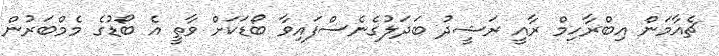
ޗެއާމަން އިބްރާހިމް ރާއީ ރަޝީދު ބަދަލުގެނެސްފައިވާ ބޯޑަކަށް ވާތީ އެ ބޯޑުގެ މެމްބަރުން